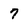
Character: 7